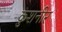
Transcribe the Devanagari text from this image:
कुशनीर